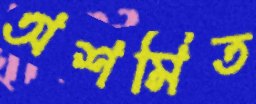
অশমিত